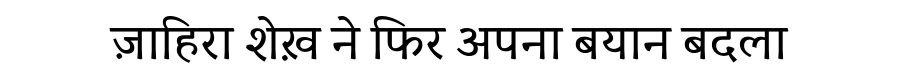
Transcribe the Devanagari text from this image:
ज़ाहिरा शेख़ ने फिर अपना बयान बदला